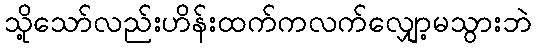
သို့သော်လည်းဟိန်းထက်ကလက်လျှော့မသွားဘဲ